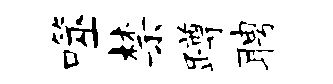
噬禁蹲聘